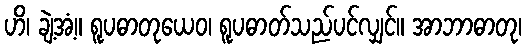
ဟိ၊ ချဲ့အံ့။ ရူပဓာတုယေဝ၊ ရူပဓာတ်သည်ပင်လျှင်။ အာဘာဓာတု၊